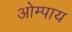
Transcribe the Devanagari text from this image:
ओम्पाय